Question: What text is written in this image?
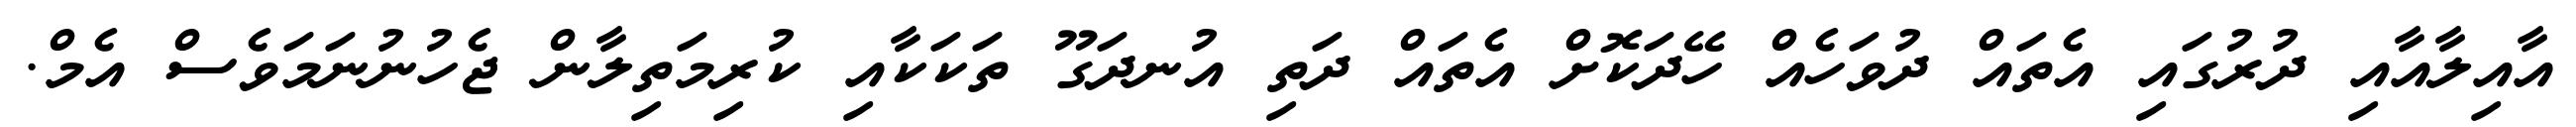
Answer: އާއިލާއާއި ދުރުގައި އެތައް ދުވަހެއް ހޭދަކޮށް އެތައް ދަތި އުނދަގޫ ތަކަކާއި ކުރިމަތިލާން ޖެހުނުނަމަވެސް އެމް.